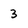
Character: 3